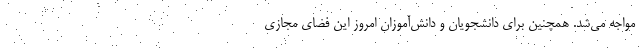
مواجه می‌شد. همچنین برای دانشجویان و دانش‌آموزان امروز این فضای مجازی